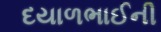
દયાળભાઈની